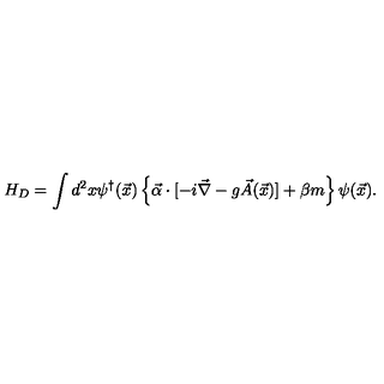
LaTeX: H _ { D } = \int d ^ { 2 } x \psi ^ { \dagger } ( \vec { x } ) \left\{ \vec { \alpha } \cdot [ - i \vec { \nabla } - g \vec { A } ( \vec { x } ) ] + \beta m \right\} \psi ( \vec { x } ) .